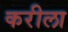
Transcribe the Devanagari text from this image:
करीला